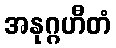
အနုဂ္ဂဟီတံ